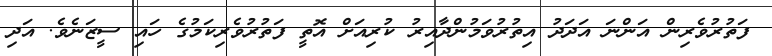
ފަތުރުވެރިން އަންނަ އަދަދު އިތުރުވަމުންދާއިރު ކުރިއަށް އޮތީ ފަތުރުވެރިކަމުގެ ހައި ސީޒަނެވެ. އަދި